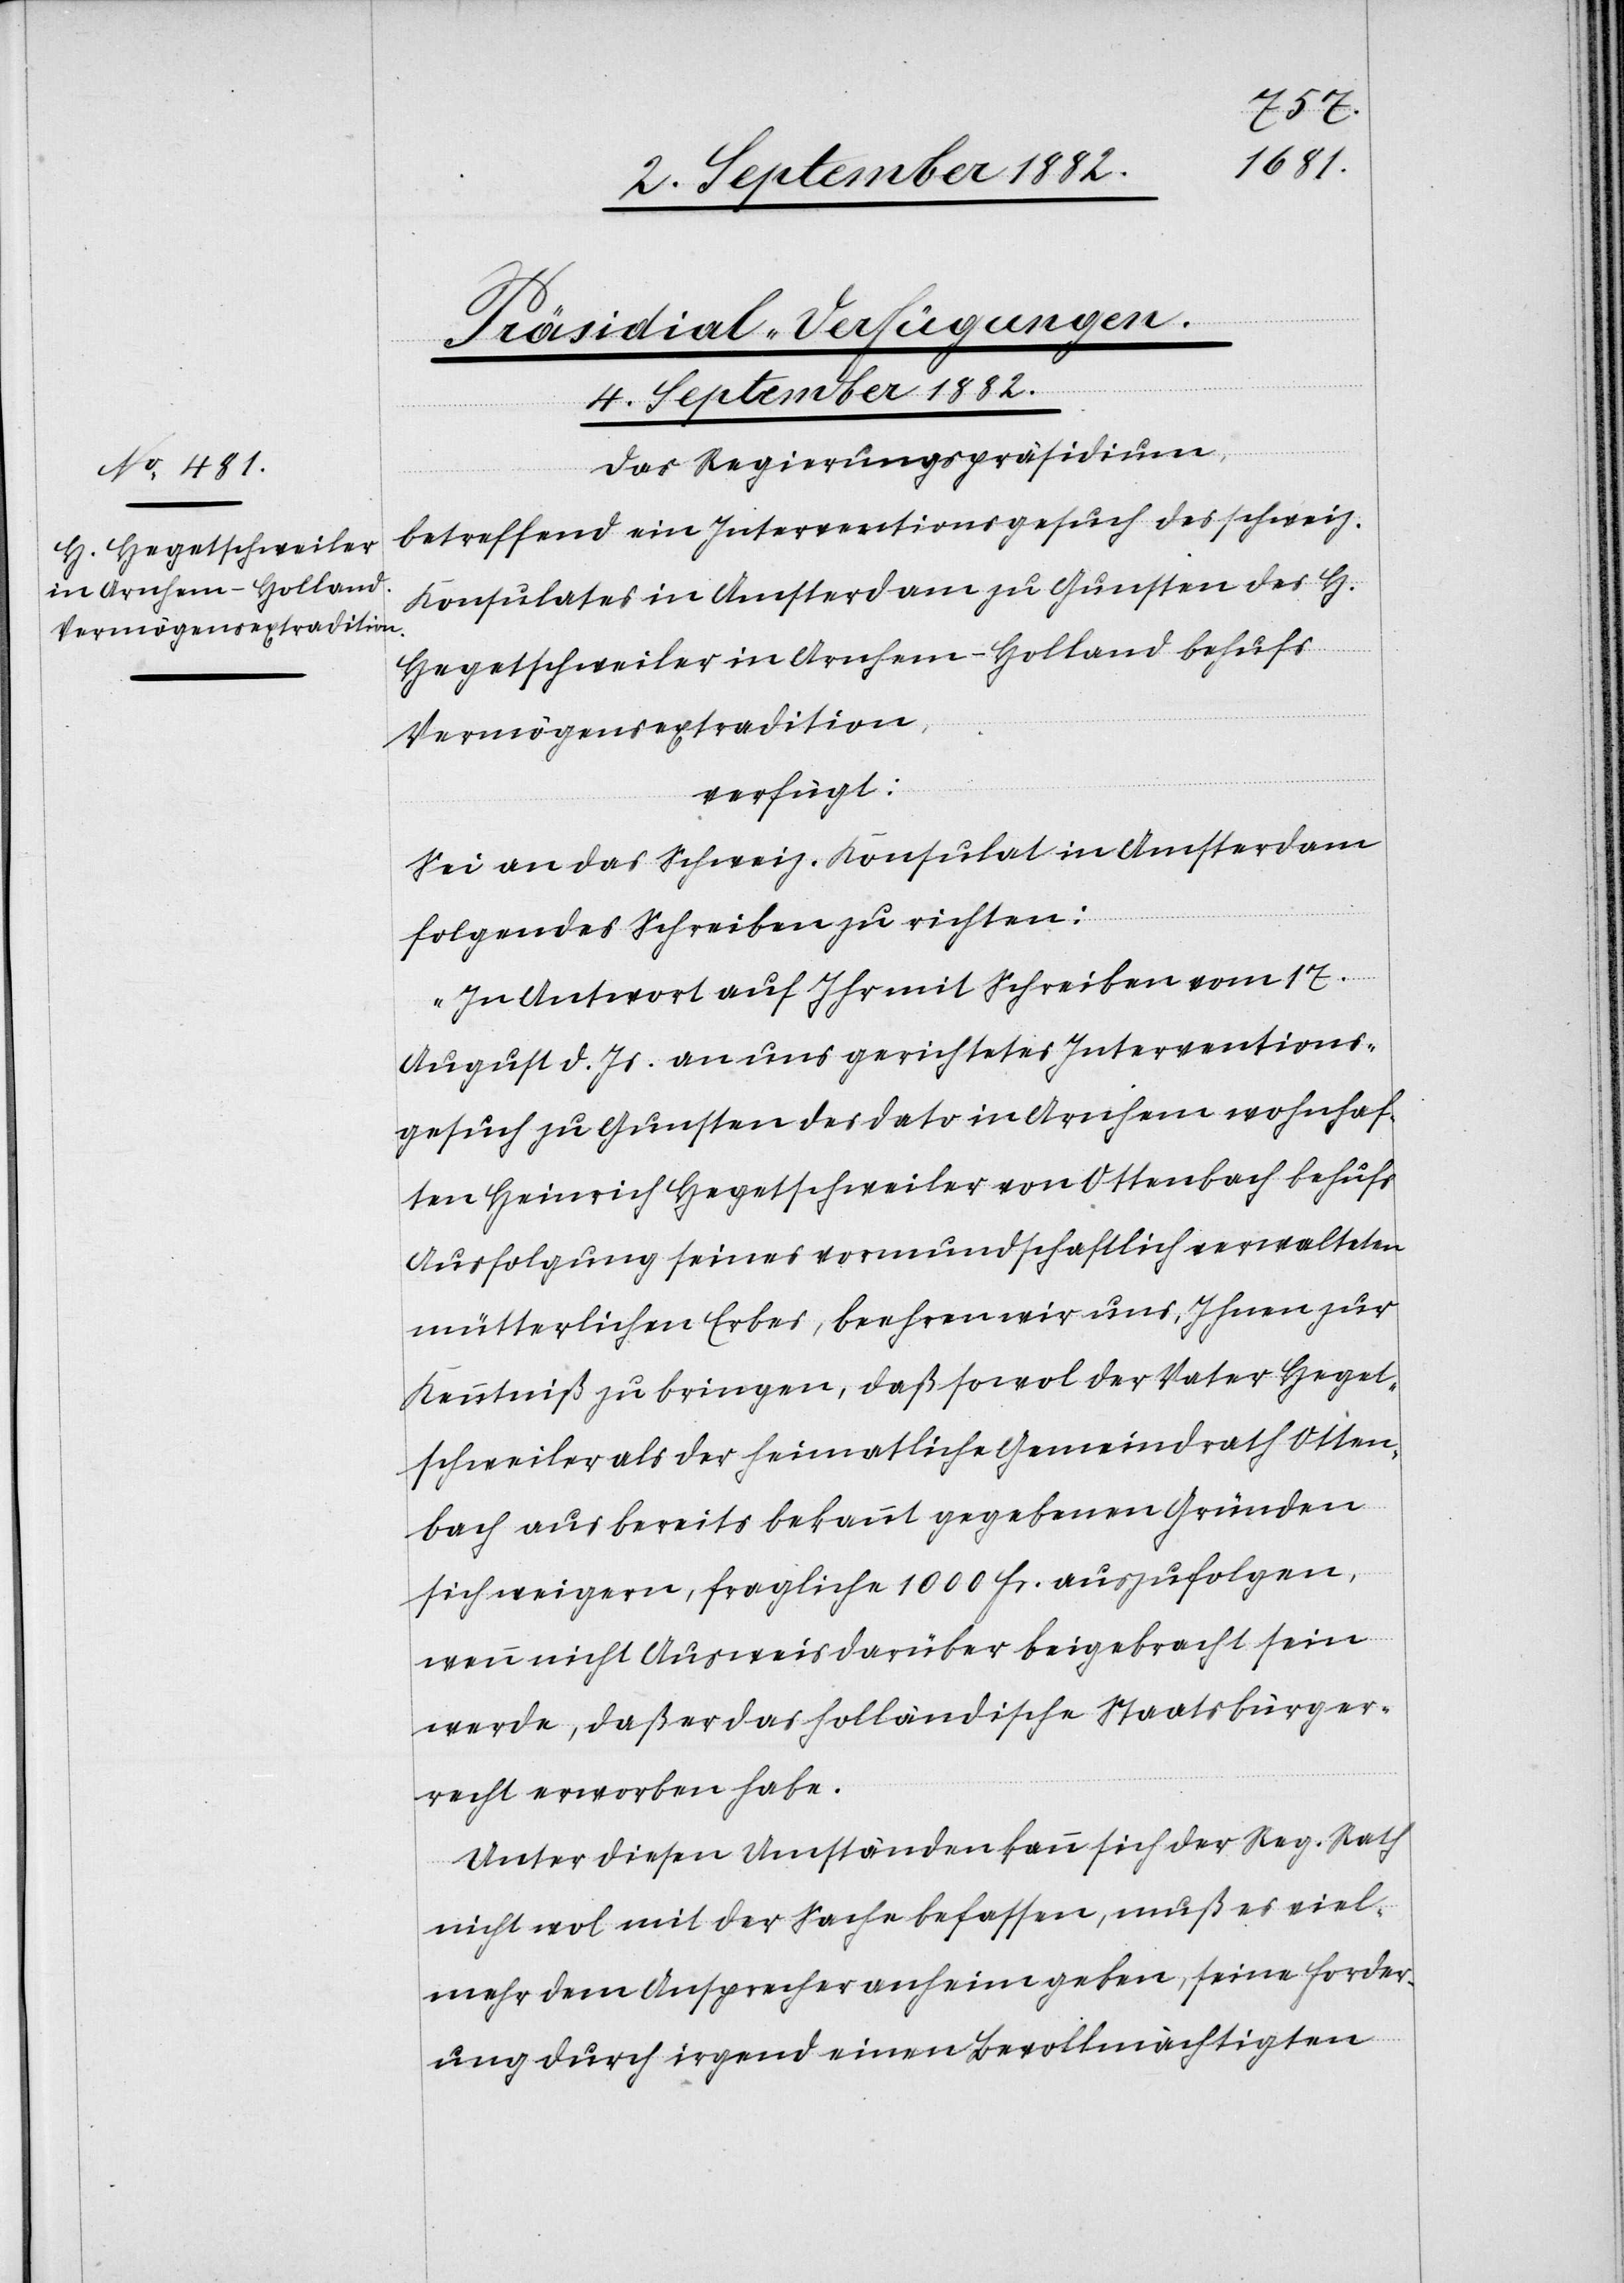
4. September 1882.
Präsidial-Verfügungen.
Das Regierungspräsidium,
betreffend ein Interventionsgesuch des schweiz.
Konsulates in Amsterdam zu Gunsten des H[en]
Hegetschweiler in Arnhem - Holland behufs
Vermögensextradition,
verfügt:
Sei an das Schweiz. Konsulat in Amsterdam
folgendes Schreiben zu richten:
„In Antwort auf Ihr mit Schreiben vom 17.
August d. Js. an uns gerichtetes Interventions¬
gesuch zu Gunsten des dato in Arnhem wohnhaf¬
ten Heinrich Hegetschweiler von Ottenbach behufs
Ausfolgung seines vormundschaftlich verwalteten
mütterlichen Erbes, beehren wir uns, Ihnen zur
Kenntniß zu bringen, daß sowol der Vater Heget¬
schweiler als der heimatliche Gemeindrath Otten¬
bach aus bereits bekannt gegebenen Gründen
sich weigere, fragliche 1000 Fr. auszufolgen,
wenn nicht Ausweis darüber beigebracht sein
werde, daß er das holländische Staatsbürger¬
recht erworben habe.
Unter diesen Umständen kann sich der Reg. Rath
nicht wol mit der Sache befassen, muß es viel¬
mehr dem Ansprecher anheimgeben, seine Forder¬
ung durch irgend einen Bevollmächtigten